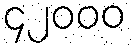
၄၂၀၀၀